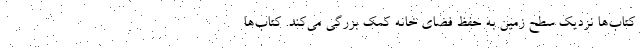
کتاب‌ها نزدیک سطح زمین به حفظ فضای خانه کمک بزرگی می‌کند. کتاب‌ها